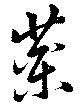
薬